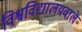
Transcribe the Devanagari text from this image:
विश्वविद्यालयवाले